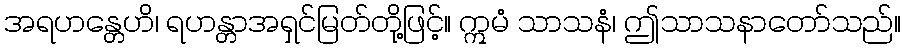
အရဟန္တေဟိ၊ ရဟန္တာအရှင်မြတ်တို့ဖြင့်။ ဣမံ သာသနံ၊ ဤသာသနာတော်သည်။